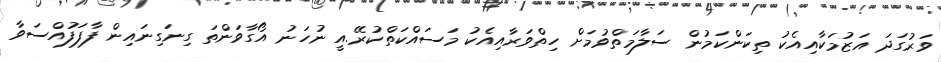
ވަރުގަދަ އަޒުމަކާއިއެކު ތިކަންކަމުން ސަލާމަތްވުމަށް ހިތްވަރާއިއެކު މަސައްކަތްކުރޭ.އީ ނުހަނު އޯގާވަންތަ ގިނަގިނައިން ފާފަފުއްސަވާ